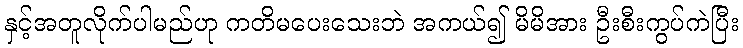
နှင့်အတူလိုက်ပါမည်ဟု ကတိမပေးသေးဘဲ အကယ်၍ မိမိအား ဦးစီးကွပ်ကဲပြီး